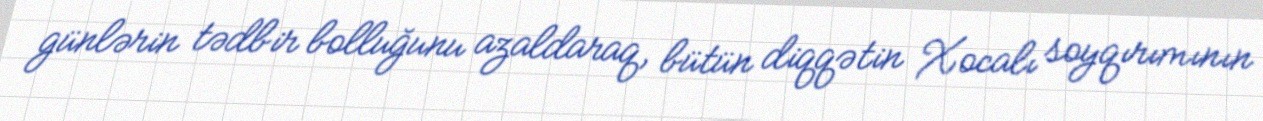
günlərin tədbir bolluğunu azaldaraq, bütün diqqətin Xocalı soyqırımının